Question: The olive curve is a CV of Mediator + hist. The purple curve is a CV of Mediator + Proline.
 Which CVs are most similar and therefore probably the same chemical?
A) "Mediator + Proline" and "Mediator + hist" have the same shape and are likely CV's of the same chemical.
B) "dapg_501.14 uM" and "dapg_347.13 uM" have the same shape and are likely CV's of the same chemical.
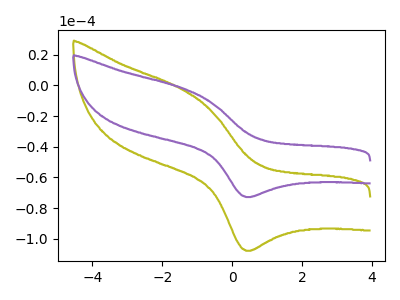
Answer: <think>The olive curve "Mediator + hist" has an anodic peak at (-1.40V, -2.80uA) and a cathodic peak at (0.45V, -107.90uA). The purple curve "Mediator + Proline" has an anodic peak at (-1.40V, -1.90uA) and a cathodic peak at (0.45V, -72.85uA).
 All the peaks in "Mediator + hist" have a peak in "Mediator + Proline" at the same potential.</think>
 <answer>A) "Mediator + Proline" and "Mediator + hist" have the same shape and are likely CV's of the same chemical.</answer>
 <eval>A</eval>